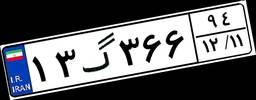
۱۸گ۵۶۲۵۵